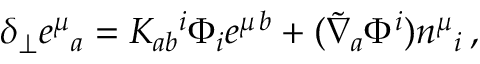
\delta _ { \perp } e ^ { \mu } { } _ { a } = K _ { a b } { } ^ { i } \Phi _ { i } e ^ { \mu \, b } + ( \widetilde \nabla _ { a } \Phi ^ { i } ) n ^ { \mu } { } _ { i } \, ,